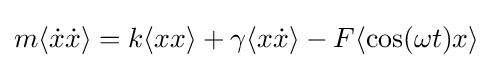
m\langle {\dot {x}}{\dot {x}}\rangle =k\langle xx\rangle +\gamma \langle x{\dot {x}}\rangle -F\langle \cos(\omega t)x\rangle